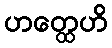
ဟတ္ထေဟိ